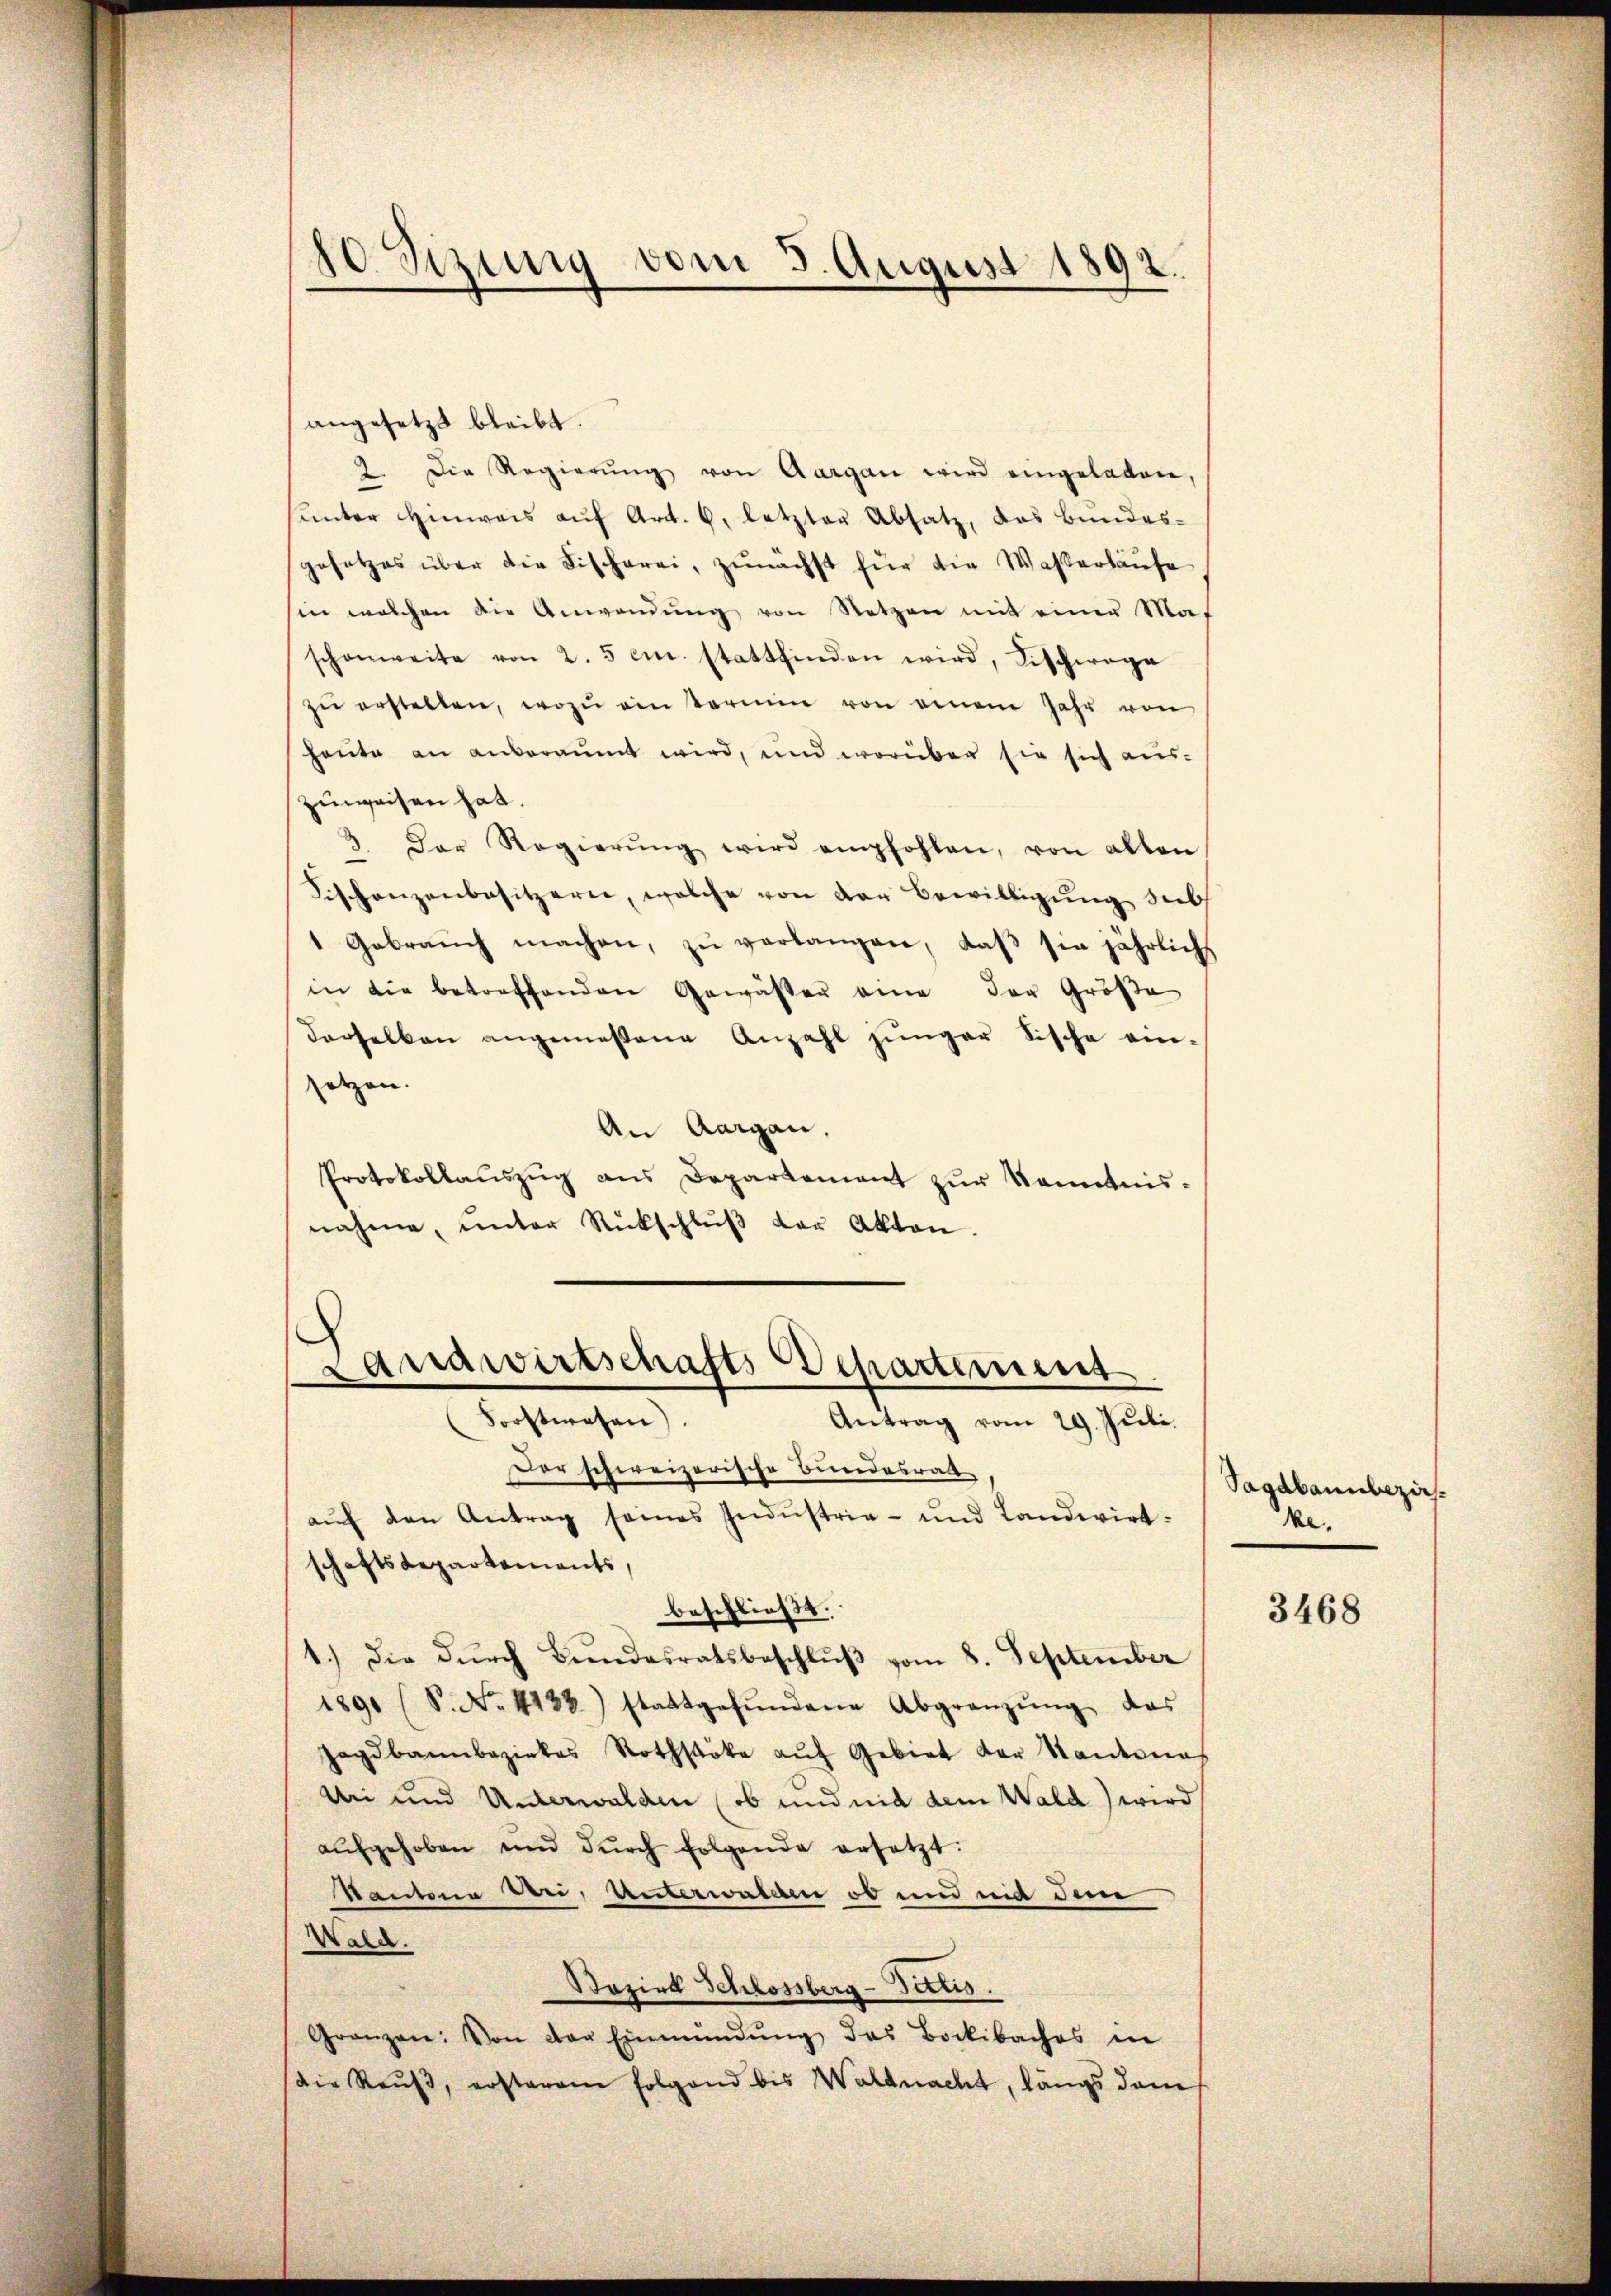
10 Sezung vom 3. August 1892.

angesetzt bleibt.
2. Die Regierŭng von Aargau wird eingeladen,
unter Hinweis auf Art. 6, letzter Absatz, das Bundesgesetzes über die Fischerei, zunächst für die Wasserhause
sin welchen die Anwendŭng von Netzen mit einer Maf
schonweite von 2. 5 cm. stattfinden wird, Beschwage
zŭ erstellen, wozu ein termin von einem Jahr von
heute an anberaumt wird, und worüber sie sich auszuweisen hat.
3.
Der Regierŭng wird empfohlen, von alten
Fischanzenbesitzern, welche von der Bewilligung sieb
1 Gebrauch machen, zŭ verlangen, daβ sie jährlichs
in die betreffenden Gewässer eine der Größe
derselben angemeßene Anzahl jünger Fische ein-
setzen.
An Aargau,
Protokollaŭszŭg ans Departement zŭr Kenntnis-
nahme, ŭnter Rückschlŭβ der Akten.

Landwirtschafts Departement
Forstwesen).
Antrag vom 29. Juli.

Der schweizerische Bundesrath
aŭf den Antrag seines Indŭstrie- und Landwirt-
schaftsdepartements,
beschließt:
1.) Die dŭrch Beendesratsbeschlŭβ vom 8. September
1891 (S. No. 4188) stattgefŭndene Abgränzŭng das
Jagdbannbezirkes Rothstäbe aŭf Gebiet der Kantones
Uri und Unterwalden (ob und nid dem Wald) wird
aŭfgehoben und dŭrch folgende ersetzt:
Kantone Wei, Unterwalden ob und mit dem
Wald.
Sozirt Schlossberg-Tettis.
—
Gränzen: Von der Einmündŭng des Bockbaches in
die Raŭβ, ersteram folgend bis Waldnacht, längs dam

Vagabannbezies.
ke.

3468